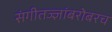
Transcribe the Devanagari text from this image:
संगीतज्ज्ञांबरोबरच